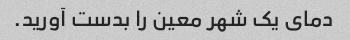
دمای یک شهر معین را بدست آورید.